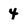
Character: 4